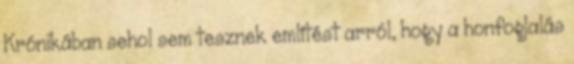
Krónikában sehol sem tesznek említést arról, hogy a honfoglalás